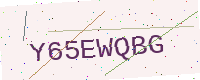
Text: Y65EWQBG